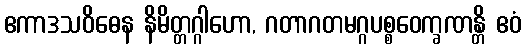
ဧကာဒသဝိဓေန နိမိတ္တဂ္ဂါဟော, ဂတာဂတမဂ္ဂပစ္စဝေက္ခဏန္တိ ဧဝံ